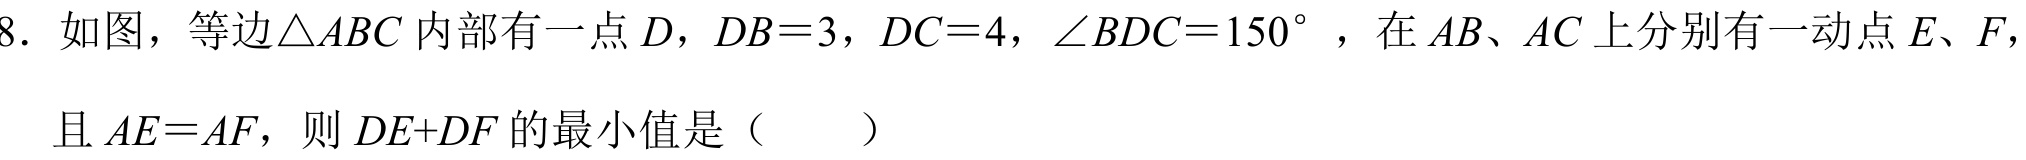
8. 如图，等边\(\triangle ABC\) 内部有一点 \(D\)，\(DB = 3\)，\(DC = 4\)，\(\angle BDC = 150^{\circ}\) ，在 \(AB\)、\(AC\) 上分别有一动点 \(E\)、\(F\)，
且 \(AE = AF\)，则 \(DE + DF\) 的最小值是（  ）